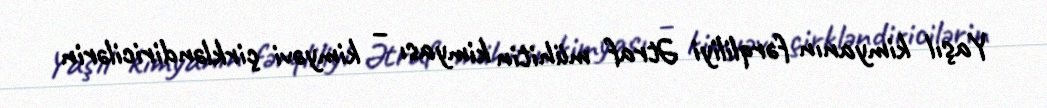
Yaşıl kimyanın fərqliliyi Ətraf mühitin kimyası – kimyəvi çirkləndiricilərin